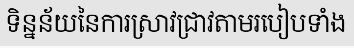
ទិន្នន័យនៃការស្រាវជ្រាវតាមរបៀបទាំង